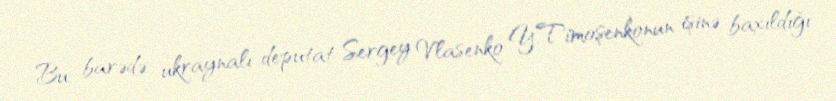
Bu barədə ukraynalı deputat Sergey Vlasenko Y.Timoşenkonun işinə baxıldığı